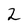
Character: 2